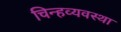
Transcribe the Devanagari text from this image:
चिन्हव्यवस्था